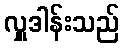
လှူဒါန်းသည်